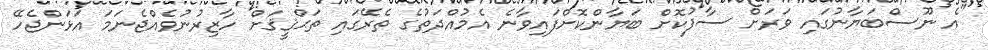
"އެ ނޫސްބަޔާނުގައި ވަރަށް ސާފުކޮށް ބަޔާންކޮށްފައިވާނެ އެމުއްދަތުގެ ތެރޭގައި ތަޙްޤީޤަށް ހާޒިރުނުވެއްޖެނަމަ އަޅަންޖެހޭ